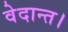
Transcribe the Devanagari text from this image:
वेदान्त।